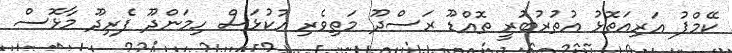
ކޭމްޕު އަރިއަތޮޅު އުތުރުބުރީ ތޮއްޑޫ ރަސްދޫ މަތިވެރި އުކުޅަސް ހިމަންދޫ ފެރިދޫ މާޅޮސް